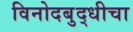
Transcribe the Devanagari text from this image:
विनोदबुद्धीचा